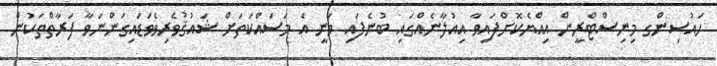
ހައުސިންގ މިނިސްޓްރީން އިއްޔެކޮށްފައިވާ އިއުލާނެއްގައި ބުނެފައި ވަނީ އެ މަސައްކަތަށް ޝައުޤުވެރިވެވަޑައިގަންނަވާ ފަރާތްތަކުން